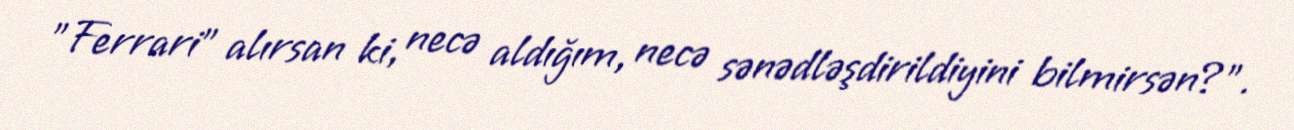
"Ferrari" alırsan ki, necə aldığım, necə sənədləşdirildiyini bilmirsən?".